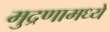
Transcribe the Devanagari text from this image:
मुद्रणामध्ये